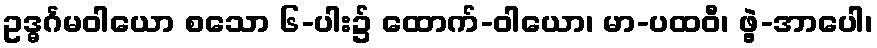
ဥဒ္ဓင်္ဂမဝါယော စသော ၆-ပါး၌ ထောက်-ဝါယော၊ မာ-ပထဝီ၊ ဖွဲ့-အာပေါ၊